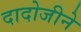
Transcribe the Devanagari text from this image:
दादोजीने